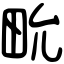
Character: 㽙